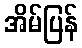
အိမ်ပြန်